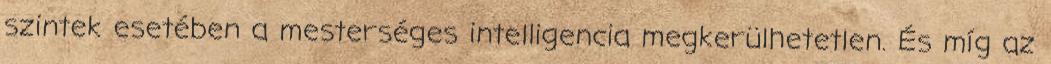
szintek esetében a mesterséges intelligencia megkerülhetetlen. És míg az